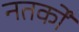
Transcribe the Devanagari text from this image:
नतर्कों